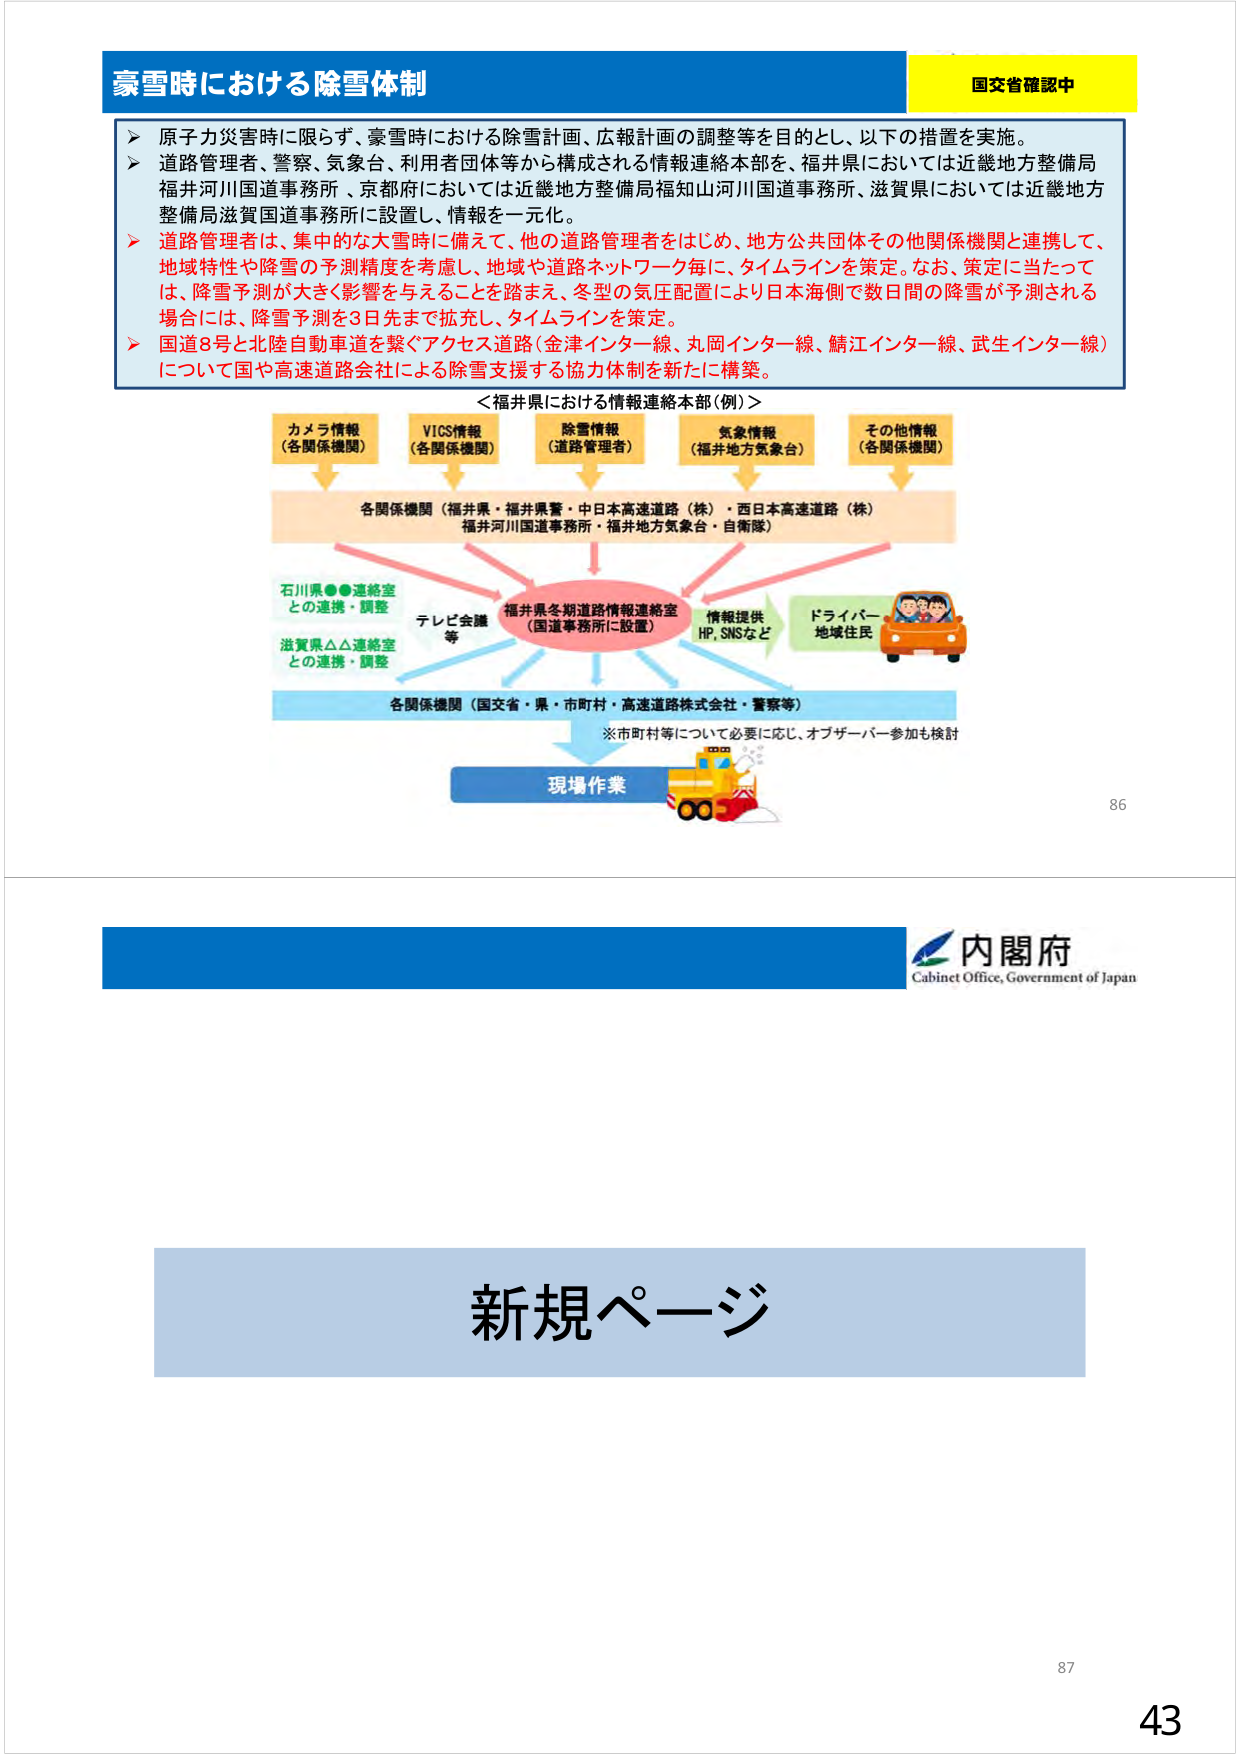
豪雪時における除雪体制
国交省確認中
▶ 原子力災害時に限らず、豪雪時における除雪計画、広報計画の調整等を目的とし、以下の措置を実施。
▶ 道路管理者、警察、気象台、利用者団体等から構成される情報連絡本部を、福井県においては近畿地方整備局福井河川国道事務所、京都府においては近畿地方整備局福知山河川国道事務所、滋賀県においては近畿地方整備局滋賀国道事務所に設置し、情報を一元化。
▶ 道路管理者は、集中的な大雪時に備えて、他の道路管理者をはじめ、地方公共団体その他関係機関と連携して、地域特性や降雪の予測精度を考慮し、地域や道路ネットワーク毎に、タイムラインを策定。なお、策定に当たっては、降雪予測が大きく影響を与えることを踏まえ、冬型の気圧配置により日本海側で数日間の降雪が予測される場合には、降雪予測を3日先まで拡充し、タイムラインを策定。
▶ 国道8号と北陸自動車道を繋ぐアクセス道路（金津インター線、丸岡インター線、鯖江インター線、武生インター線）について国や高速道路会社による除雪支援する協力体制を新たに構築。
＜福井県における情報連絡本部（例）＞
カメラ情報
（各関係機関）
VICS情報
（各関係機関）
除雪情報
（道路管理者）
気象情報
（福井地方気象台）
その他情報
（各関係機関）
各関係機関（福井県・福井県警・中日本高速道路（株）・西日本高速道路（株）
福井河川国道事務所・福井地方気象台・自衛隊）
石川県●●連絡室
との連携・調整
テレビ会議
等
福井県冬期道路情報連絡室
（国道事務所に設置）
情報提供
HP、SNSなど
ドライバー
地域住民
滋賀県△△連絡室
との連携・調整
各関係機関（国交省・県・市町村・高速道路株式会社・警察等）
※市町村等について必要に応じ、オブザーバー参加も検討
現場作業
86
内閣府
Cabinet Office, Government of Japan
新規ページ
87
43